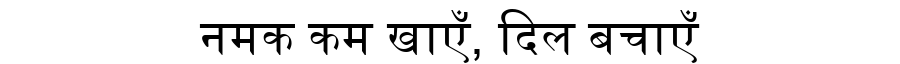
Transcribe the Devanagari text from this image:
नमक कम खाएँ, दिल बचाएँ